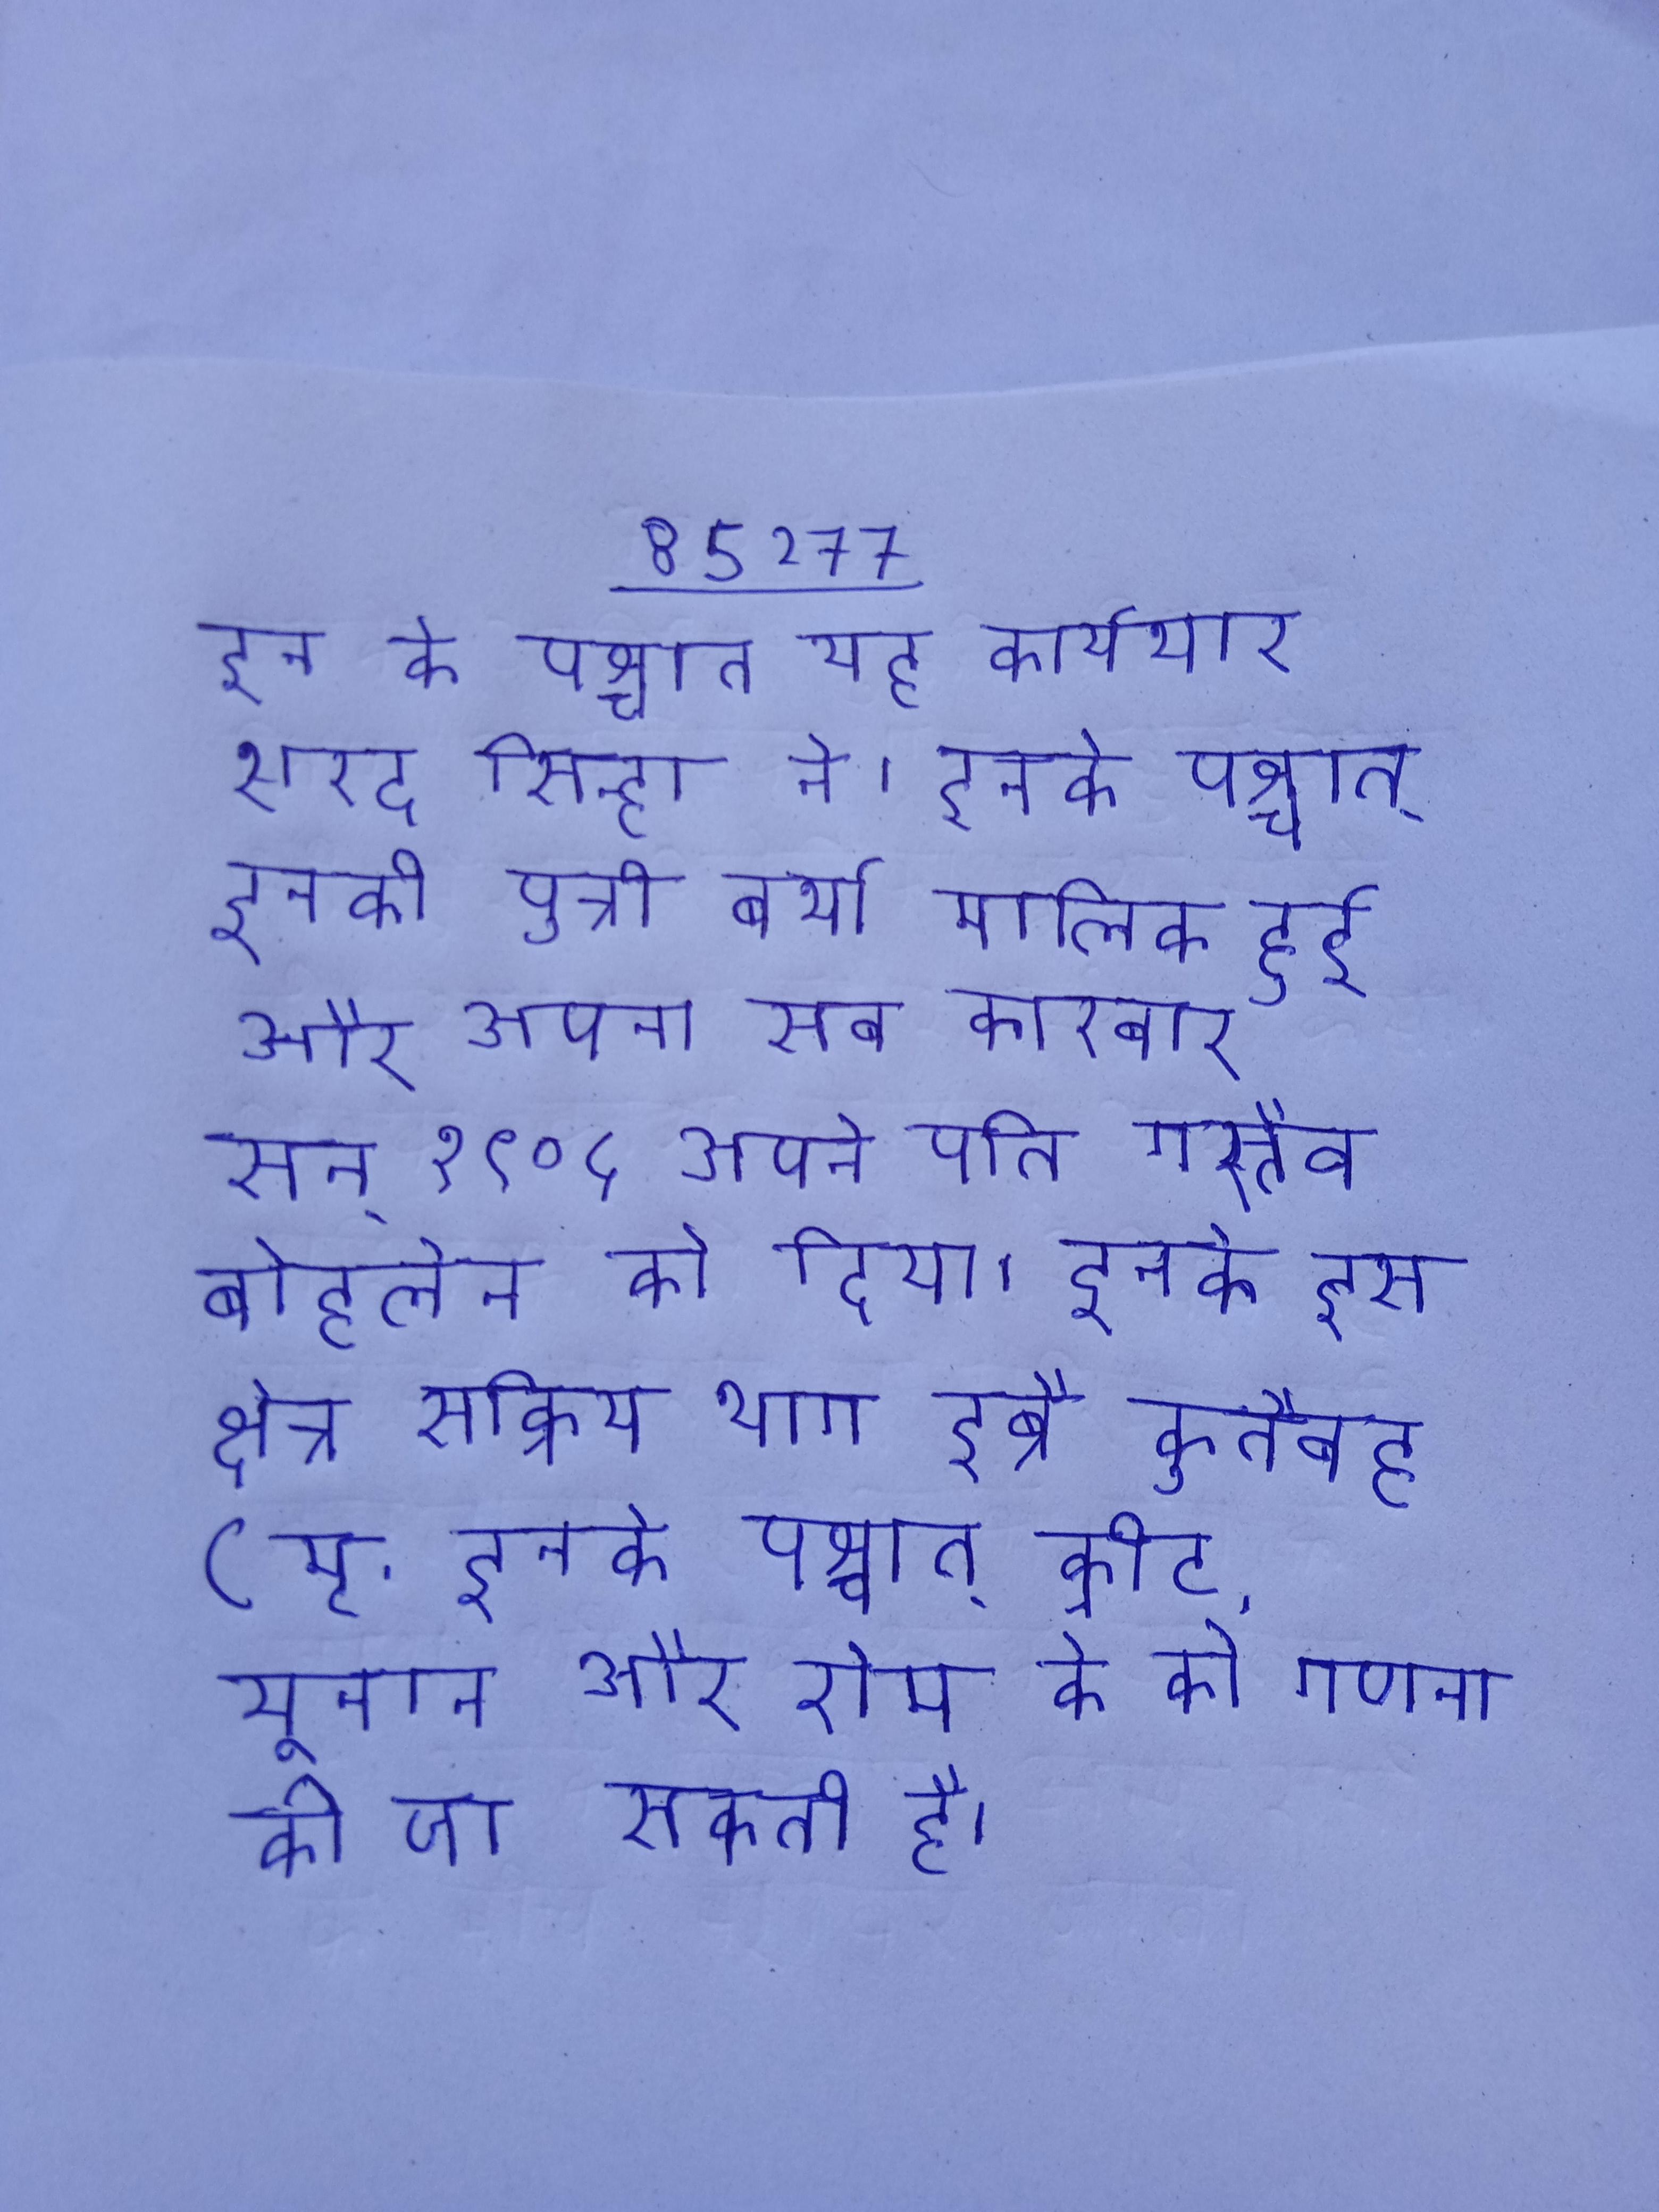
इन के पश्चात यह कार्यभार शरद सिन्हा ने । इनके पश्चात् इनकी पुत्री बर्था मालिक हुई और अपना सब कारबार सन् १९०५ अपने पति गस्तैव बोहलेन को दिया । इनके इस क्षेत्र सक्रिय भाग इब्रै कुतैबह (मृ . इनके पश्चात् क्रीट, यूनान और रोम के की गणना की जा सकती है ।